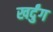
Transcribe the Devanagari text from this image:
खर्दुंग